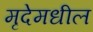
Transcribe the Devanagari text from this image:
मृदेमधील